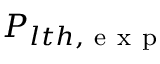
P _ { l t h , \mathrm { ~ e ~ x ~ p ~ } }